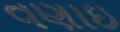
વણાઇ